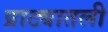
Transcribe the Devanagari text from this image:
प्राट्यातली